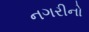
નગરીનો